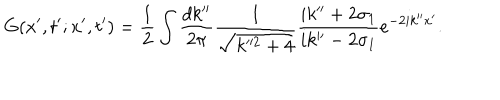
G ( x ^ { \prime } , t ^ { \prime } ; x ^ { \prime } , t ^ { \prime } ) = \frac { 1 } { 2 } \int \frac { d k ^ { \prime \prime } } { 2 \pi } \frac { 1 } { \sqrt { k ^ { 2 } + 4 } } \frac { i k ^ { \prime \prime } + 2 \sigma _ { 1 } } { i k ^ { \prime \prime } - 2 \sigma _ { 1 } } e ^ { - 2 i k ^ { \prime \prime } x ^ { \prime } } .